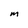
Character: M